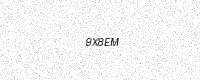
Text: 9X8EM